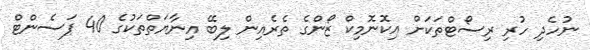
ނުހެދި ހުރި ރިސޯޓްތަކަށް އިކޮނޮމިކް ޒޯންގެ ތެރެއިން ލިބޭ އިނާޔަތްތަކުގެ 40 ޕަސެންޓް